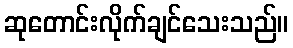
ဆုတောင်းလိုက်ချင်သေးသည်။